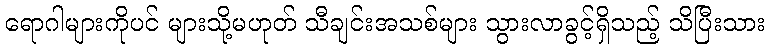
ရောဂါများကိုပင် များသို့မဟုတ် သီချင်းအသစ်များ သွားလာခွင့်ရှိသည့် သိပြီးသား